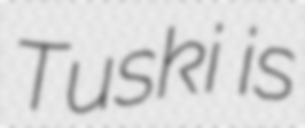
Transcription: Tuski is